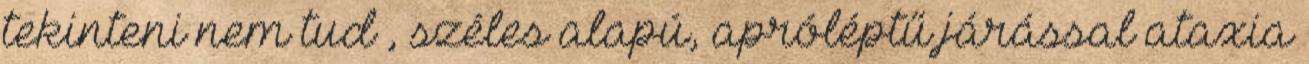
tekinteni nem tud , széles alapú, apróléptű járással ataxia